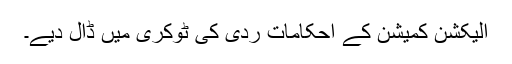
الیکشن کمیشن کے احکامات ردی کی ٹوکری میں ڈال دیے۔